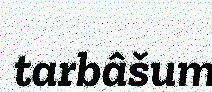
tarbâšum